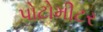
પોટોમીટર